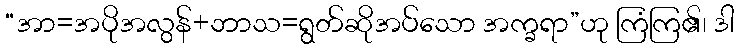
“အာ=အပိုအလွန်+ဘာသ=ရွတ်ဆိုအပ်သော အက္ခရာ”ဟု ကြံကြ၏၊ ဒါ